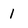
Character: 1